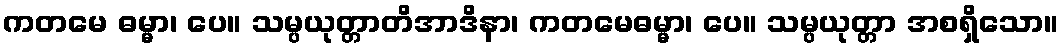
ကတမေ ဓမ္မာ၊ ပေ။ သမ္ပယုတ္တာတိအာဒိနာ၊ ကတမေဓမ္မာ၊ ပေ။ သမ္ပယုတ္တာ အစရှိသော။